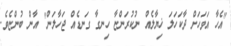
"އެހާ އަވަހަށް ދާކަހަލަ ޚިޔާލެއް ނުކުރަންޏާ ހިނގާ ގަނޑެއް ޖަހާލަން" އާން ބުންޏެވެ.